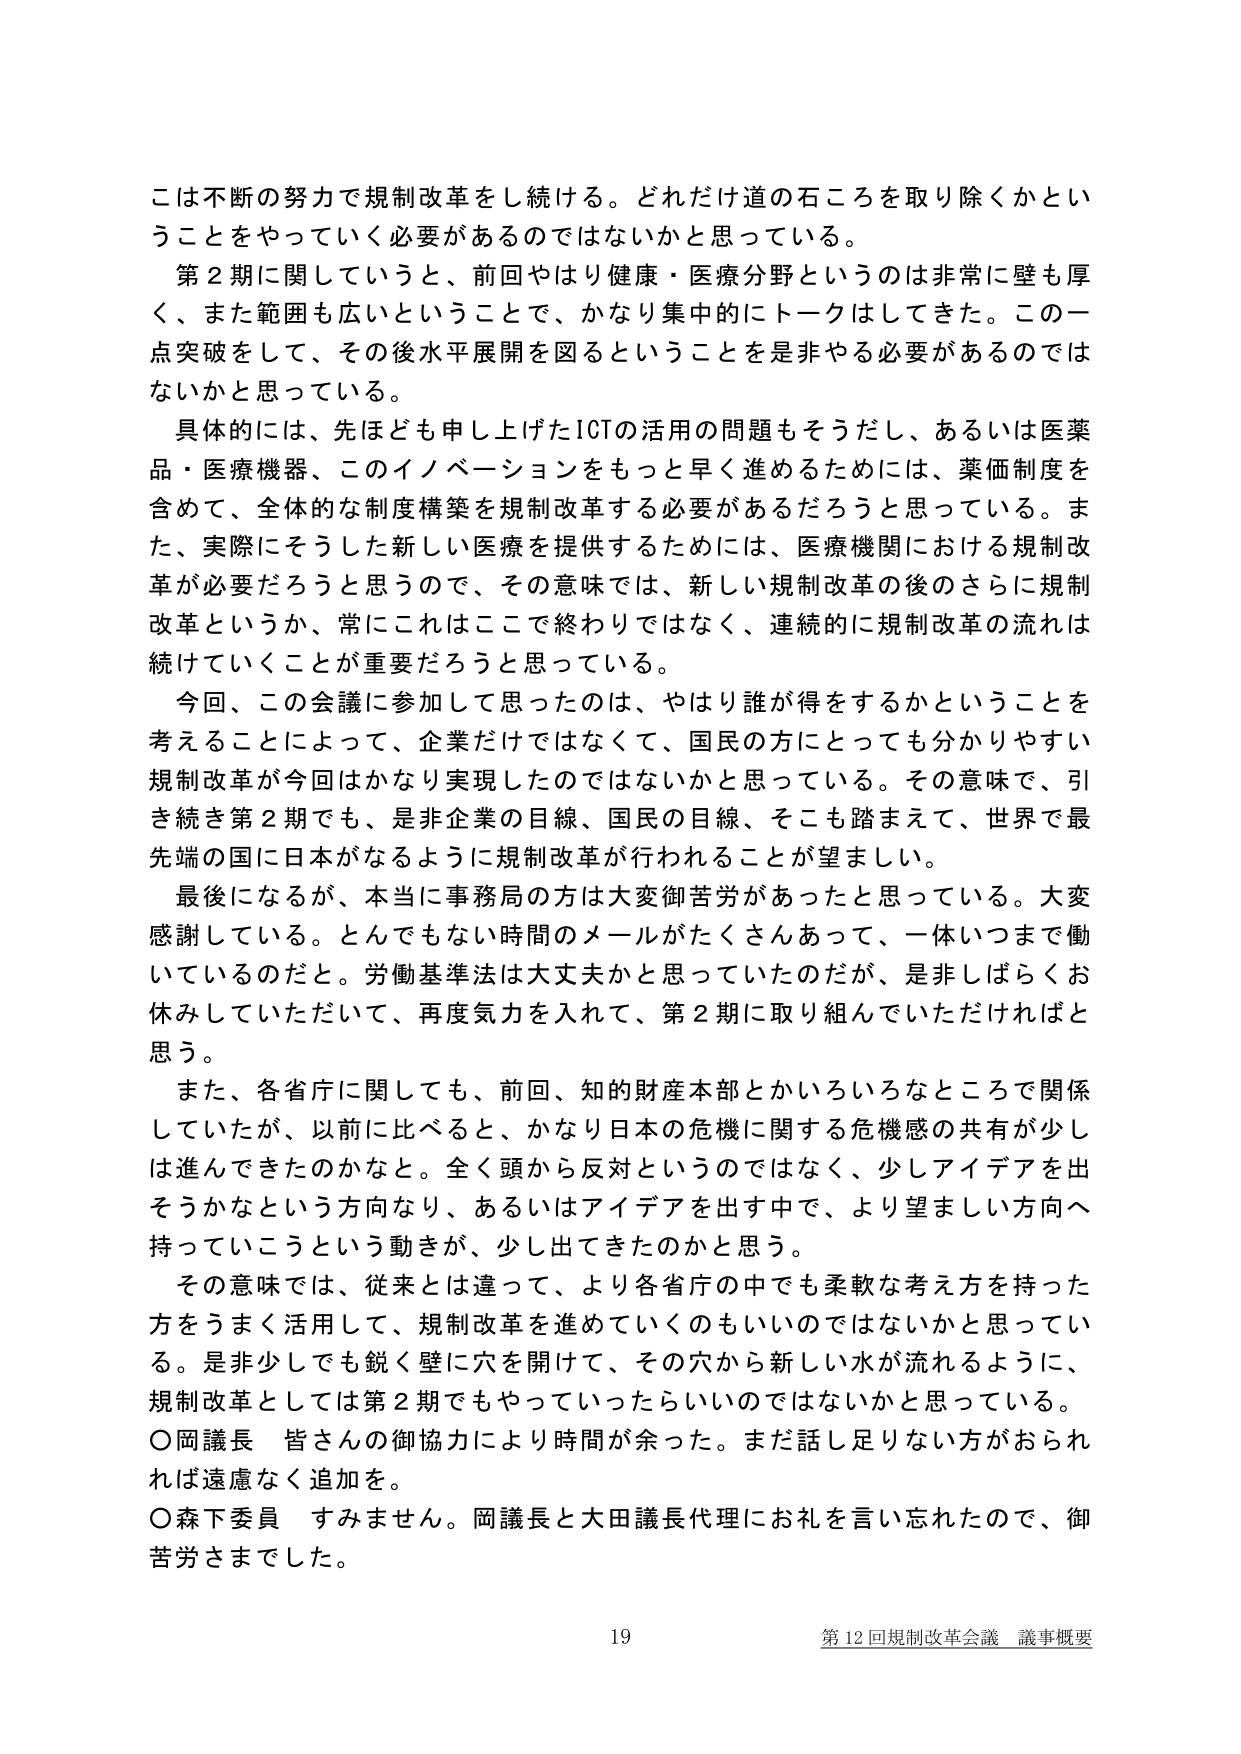
こは不断の努力で規制改革をし続ける。どれだけ道の石ころを取り除くかということをやっていく必要があるのではないかと思っている。

第2期に関していうと、前回やはり健康・医療分野というのは非常に壁も厚く、また範囲も広いということで、かなり集中的にトークをしてきた。この一点突破をして、その後水平展開を図るということを是非やる必要があるのではないかと思っている。

具体的には、先ほども申し上げたICTの活用の問題もそうだし、あるいは医薬品・医療機器、このイノベーションをもっと早く進めるためには、薬価制度を含めて、全体的な制度構築を規制改革する必要があるだろうと思っている。また、実際にそうした新しい医療を提供するためには、医療機関における規制改革が必要だろうと思うので、その意味では、新しい規制改革の後のさらに規制改革というか、常にこれはここで終わりではなく、連続的に規制改革の流れは続けていくことが重要だろうと思っている。

今回、この会議に参加して思ったのは、やはり誰が得をするかということを考えることによって、企業だけではなくて、国民の方にとっても分かりやすい規制改革が今回はかなり実現したのではないかと思っている。その意味で、引き続き第2期でも、是非企業の目線、国民の目線、そこも踏まえて、世界で最先端の国に日本がなるように規制改革が行われることが望ましい。

最後になるが、本当に事務局の方は大変御苦労があったと思っている。大変感謝している。とんでもない時間のメールがたくさんあって、一体いつまで働いているのだと。労働基準法は大丈夫かと思っていたのだが、是非しばらくお休みしていただいて、再度気力を入れて、第2期に取り組んでいただければと思う。

また、各省庁に関しても、前回、知的財産本部とかいろいろなところで関係していたが、以前に比べると、かなり日本の危機に関する危機感の共有が少しは進んできたのかなと。全く頭から反対というのではなく、少しアイデアを出そうかなという方向なり、あるいはアイデアを出す中で、より望ましい方向へ持っていこうという動きが、少し出てきたのかと思う。

その意味では、従来とは違って、より各省庁の中でも柔軟な考え方を持った方をうまく活用して、規制改革を進めていくのもいいのではないかと思っている。是非少しでも鋭く壁に穴を開けて、その穴から新しい水が流れるように、規制改革としては第2期でもやっていったらいいのではないかと思っている。

○岡議長 皆さんの御協力により時間が余った。まだ話し足りない方がおられれば遠慮なく追加を。

○森下委員 すみません。岡議長と大田議長代理にお礼を言い忘れたので、御苦労さまでした。

19 第12回規制改革会議 議事概要